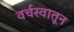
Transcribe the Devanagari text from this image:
वर्चस्वातून